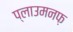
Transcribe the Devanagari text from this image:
प्लाउमनफ़